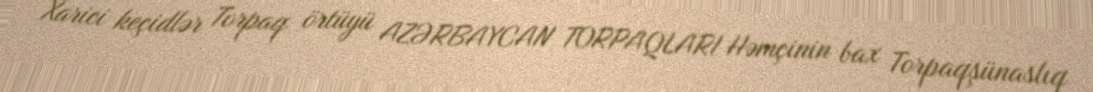
Xarici keçidlər Torpaq örtüyü AZƏRBAYCAN TORPAQLARI Həmçinin bax Torpaqşünaslıq